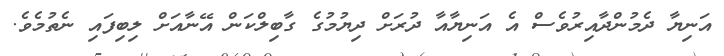
އަނިޔާ ދެމުންދާއިރުވެސް އެ އަނިޔާއާ ދުރަށް ދިޔުމުގެ ގާބިލްކަން އޭނާއަށް ލިބިފައި ނެތުމެވެ.